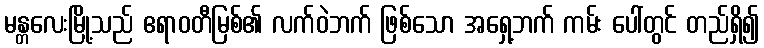
မန္တလေးမြို့သည် ဧရာဝတီမြစ်၏ လက်ဝဲဘက် ဖြစ်သော အရှေ့ဘက် ကမ်း ပေါ်တွင် တည်ရှိ၍